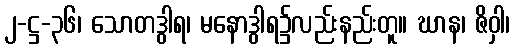
၂-ဋ္ဌ-၃၆၊ သောတဒွါရ၊ မနောဒွါရ၌လည်းနည်းတူ။ ဃာန၊ ဇိဝှါ၊